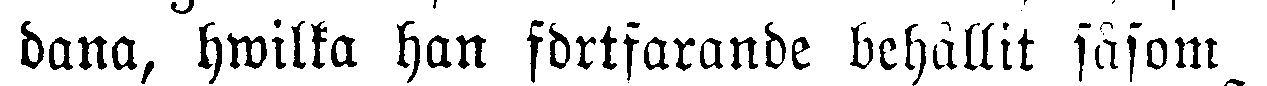
dana, hwilka han fortfarande behållit såsom